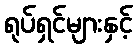
ရုပ်ရှင်များနှင့်